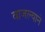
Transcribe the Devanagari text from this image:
वाजल्याने